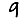
Digit: 9